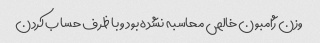
وزن ژامبون خالص محاسبه نشده بود و با ظرف حساب کردن